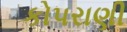
કોપરાણી